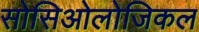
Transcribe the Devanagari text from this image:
सोसिओलोजिकल